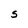
Character: S